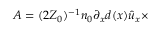
A = ( 2 Z _ { 0 } ) ^ { - 1 } n _ { 0 } \partial _ { x } { d } ( x ) \hat { u } _ { x } \times